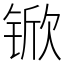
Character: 锨